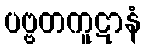
ပဗ္ဗတကူဋာနံ